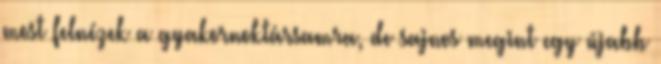
most felnézek a gyakornoktársamra, de sajnos megint egy újabb